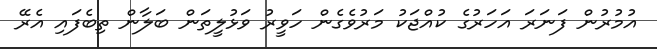
އުމުރުން ފަނަރަ އަހަރުގެ ކުއްޖަކު މަރުވެގެން ހަވީރު ވަޅުލީތަން ބަލާން ތިބެފައި އެރޭ